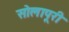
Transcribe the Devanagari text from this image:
सोलापूरी